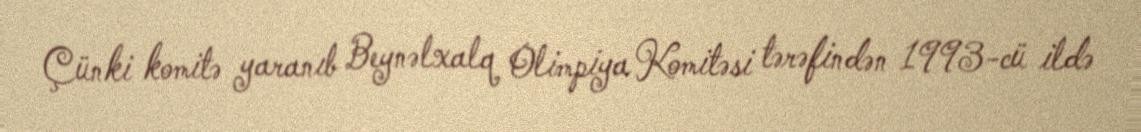
Çünki komitə yaranıb Beynəlxalq Olimpiya Komitəsi tərəfindən 1993-cü ildə